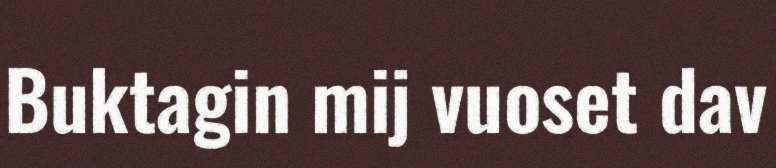
Buktagin mij vuoset dav